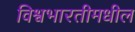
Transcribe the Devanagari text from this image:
विश्वभारतीमधील